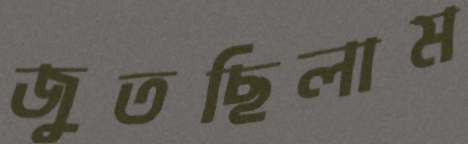
জুতছিলাম